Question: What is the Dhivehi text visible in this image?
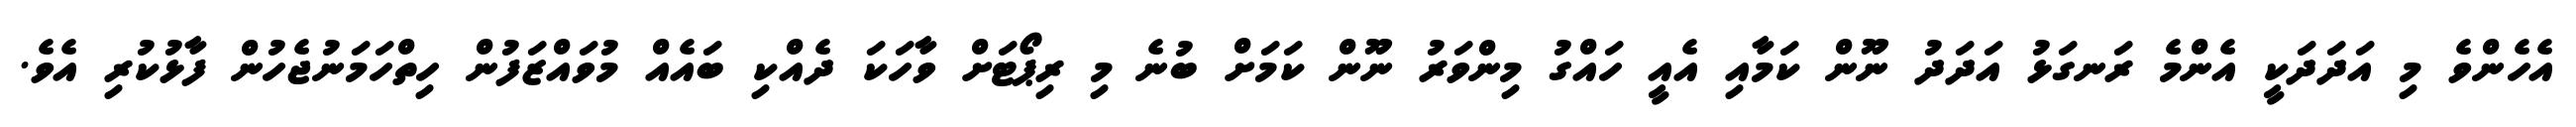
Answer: އެހެންވެ މި އަދަދަކީ އެންމެ ރަނގަޅު އަދަދު ނޫން ކަމާއި އެއީ ހައްގު މިންވަރު ނޫން ކަމަށް ބުނެ މި ރިޕޯޓަށް ވާހަކަ ދެއްކި ބައެއް މުވައްޒަފުން ހިތްހަމަނުޖެހުން ފާޅުކުރި އެވެ.